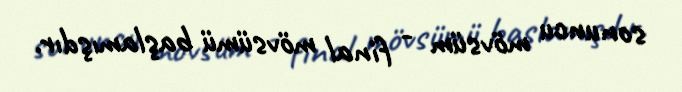
sonuncu mövsüm - final mövsümü başlamışdır.